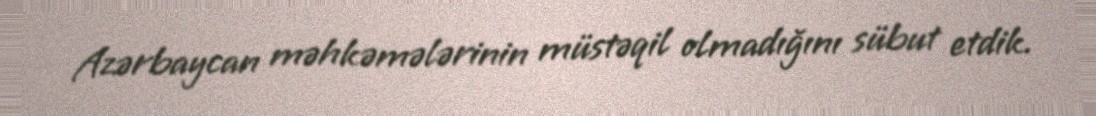
Azərbaycan məhkəmələrinin müstəqil olmadığını sübut etdik.